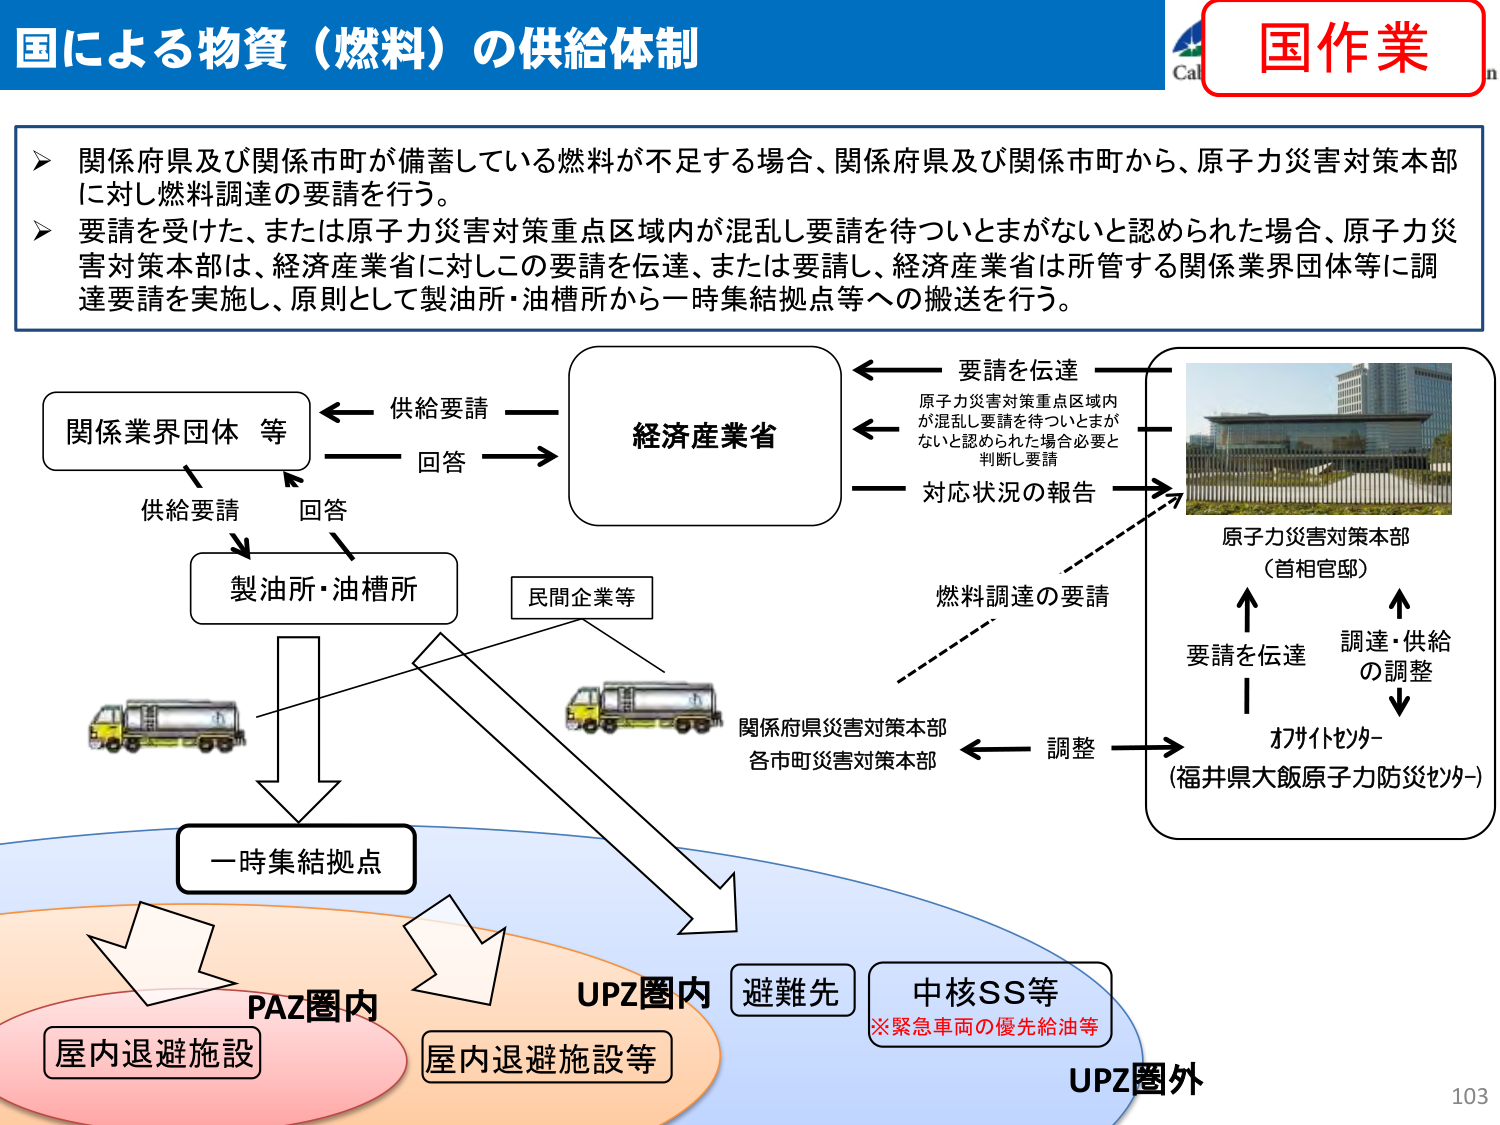
国による物資（燃料）の供給体制

国作業

関係府県及び関係市町が備蓄している燃料が不足する場合、関係府県及び関係市町から、原子力災害対策本部に対し燃料調達の要請を行う。
要請を受けた、または原子力災害対策重点区域内が混乱し要請を待ついとまがないと認められた場合、原子力災害対策本部は、経済産業省に対しこの要請を伝達、または要請し、経済産業省は所管する関係業界団体等に調達要請を実施し、原則として製油所・油槽所から一時集結拠点等への搬送を行う。

関係業界団体 等
供給要請
回答
経済産業省
要請を伝達
原子力災害対策重点区域内が混乱し要請を待ついとまがないと認められた場合必要と判断し要請
対応状況の報告
原子力災害対策本部（首相官邸）
燃料調達の要請
要請を伝達
調達・供給の調整
オフサイトセンター（福井県大飯原子力防災センター）
調整
関係府県災害対策本部 各市町災害対策本部
製油所・油槽所
民間企業等
一時集結拠点
PAZ圏内
屋内退避施設
UPZ圏内
屋内退避施設等
避難先
中核SS等
※緊急車両の優先給油等
UPZ圏外

103